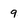
Character: 9